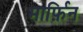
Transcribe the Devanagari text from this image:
मार्फ़िन